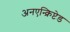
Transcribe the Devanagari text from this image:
अनएन्क्रिप्टेड